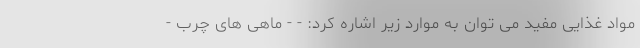
مواد غذایی مفید می توان به موارد زیر اشاره کرد: - - ماهی های چرب -